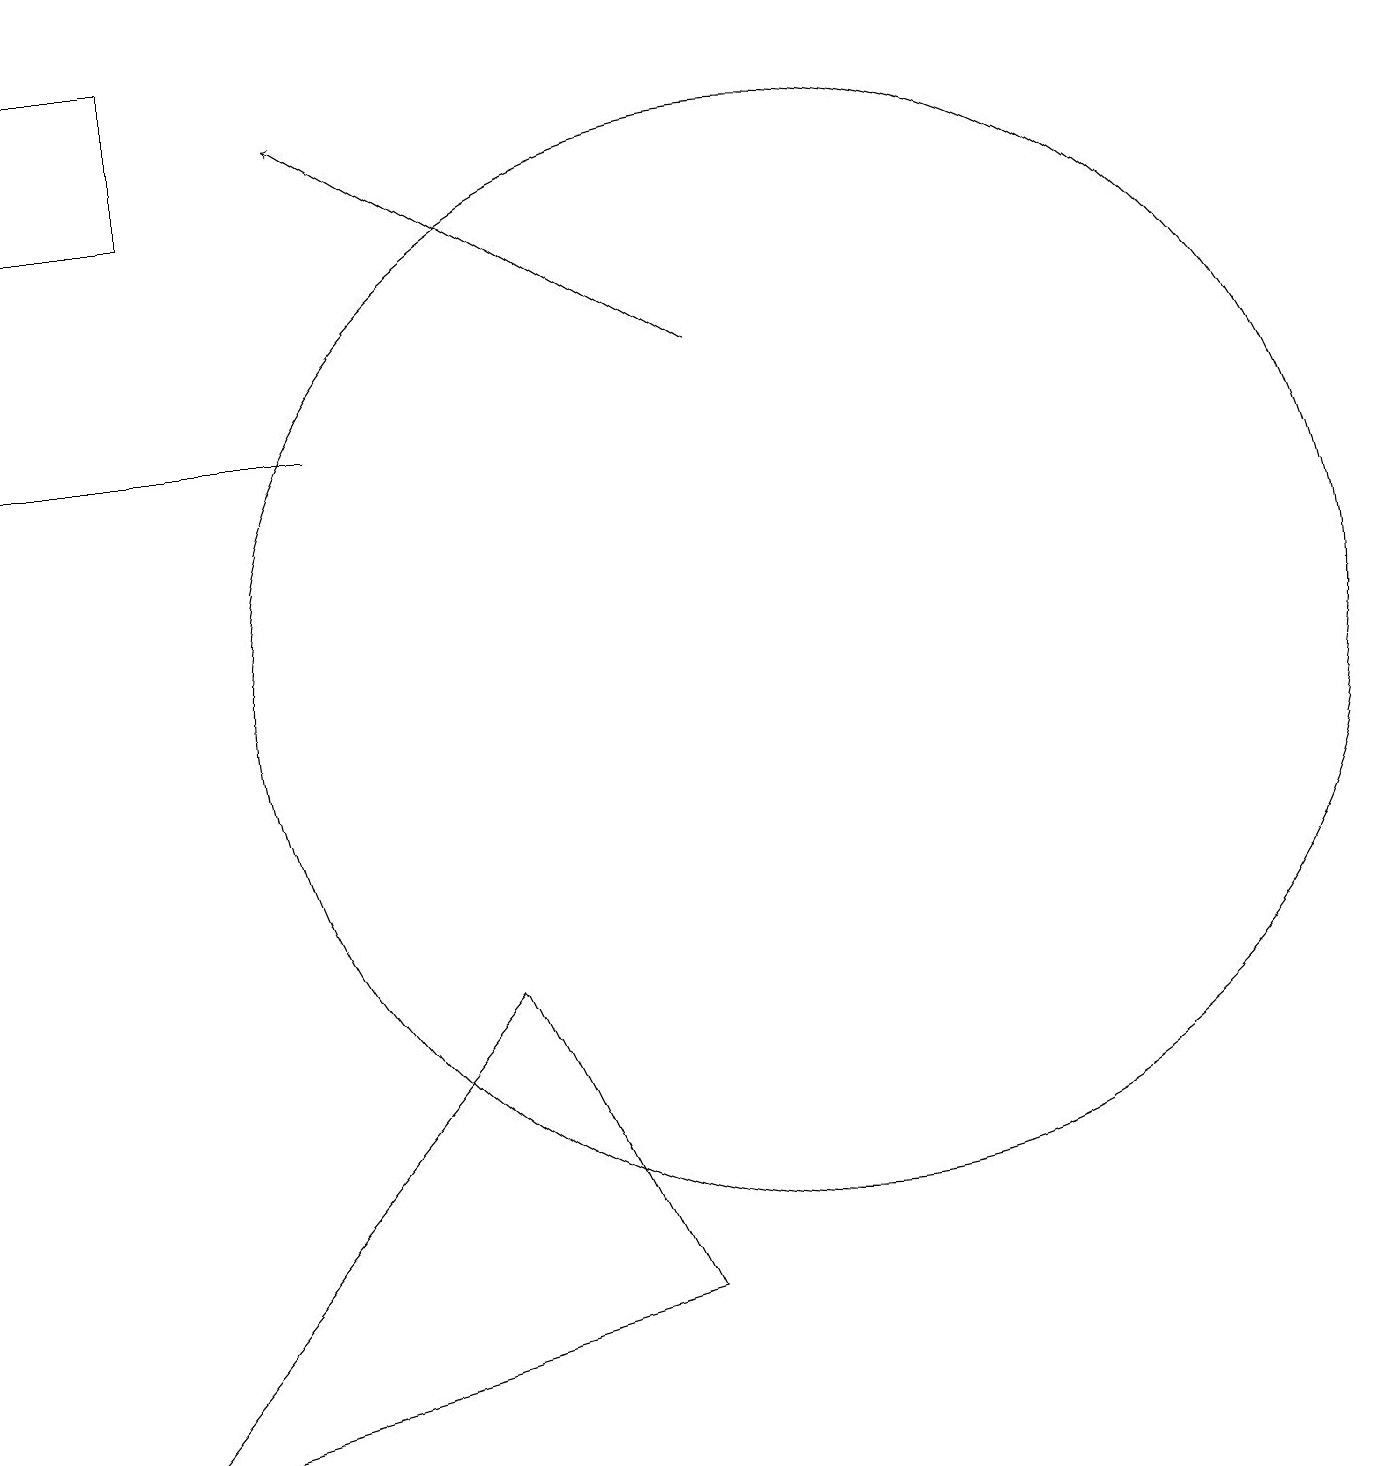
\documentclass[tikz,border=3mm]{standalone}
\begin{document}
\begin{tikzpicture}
\draw (4,13) rectangle (0,13);
\draw (0,18) rectangle (2,16);
\draw[->] (9,14) -- (4,17);
\draw (6,6) -- (8,2) -- (1,0) -- cycle;
\draw (10,10) circle (7);
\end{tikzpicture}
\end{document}